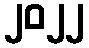
၂၀၂၂